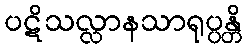
ပဋိသလ္လာနသာရုပ္ပန္တိ